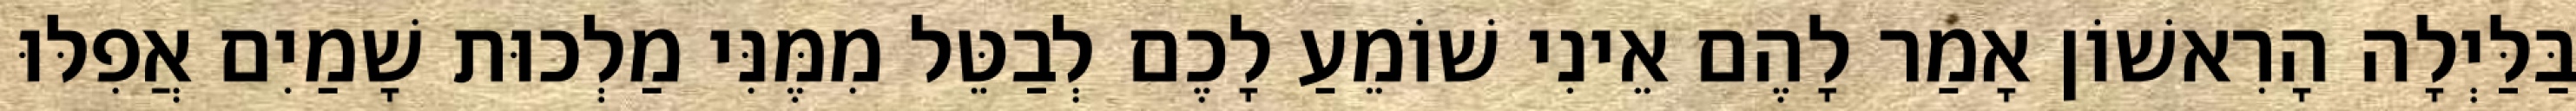
בַּלַּיְלָה הָרִאשׁוֹן אָמַר לָהֶם אֵינִי שׁוֹמֵעַ לָכֶם לְבַטֵּל מִמֶּנִּי מַלְכוּת שָׁמַיִם אֲפִלּוּ